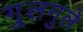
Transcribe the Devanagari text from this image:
गु्लगुले